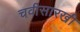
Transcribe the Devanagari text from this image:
चवीसारखी